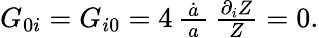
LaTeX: \begin{array}{r}{G_{0i}=G_{i0}=4\, \frac{\dot{a}}{\, a\, }\, \frac{\partial_{i}Z}{\, Z\, }=0.}\end{array}